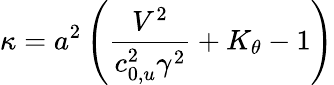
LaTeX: \kappa={{a}^{2}}\left(\frac{{{V}^{2}}}{c_{0,u}^{2}{{\gamma}^{2}}}+{{K}_{\theta}}-1\right)